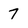
Character: 7